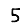
Digit: 5